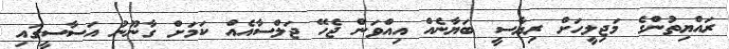
ރައްޔިތުންގެ މަޖިލީހަށް ރިޔާސީ ބަޔާނެއް އިއްވަން ޖެހޭ ޖަލްސާއެއް ކަމަށް ގާނޫނު އަސާސީގައި